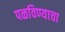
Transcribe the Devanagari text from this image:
पळविण्याचा